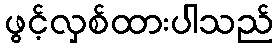
ဖွင့်လှစ်ထားပါသည်